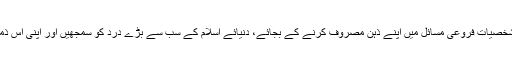
علما فرقہ وارانہ اختلافات کو ہوا دینے، سیاسی رہنما دشمن کے سامنے پسپائی اختیار کرنے اور علمی شخصیات فروعی مسائل میں اپنے ذہن مصروف کرنے کے بجائے، دنیائے اسلام کے سب سے بڑے درد کو سمجھیں اور اپنی اس ذمہ داری کو جس کے تعلق سے وہ عدل الہی کے سامنے جواب دہ ہیں، قبول کریں اور اس کو پورا کریں۔